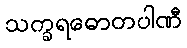
သက္ခရဓောတပါဏီ